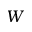
W